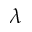
\lambda